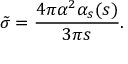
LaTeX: \tilde { \sigma } = { \frac { 4 \pi \alpha ^ { 2 } \alpha _ { s } ( s ) } { 3 \pi s } } .